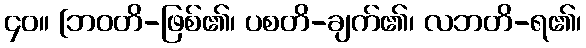
၄၀။ [ဘဝတိ-ဖြစ်၏၊ ပစတိ-ချက်၏၊ လဘတိ-ရ၏၊